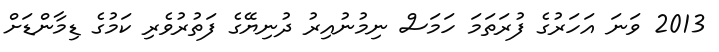
2013 ވަނަ އަހަރުގެ ފުރަތަމަ ހަމަސް ނިމުނުއިރު ދުނިޔޭގެ ފަތުރުވެރި ކަމުގެ ޑިމާންޑަށް